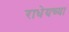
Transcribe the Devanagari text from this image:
राधेयच्या